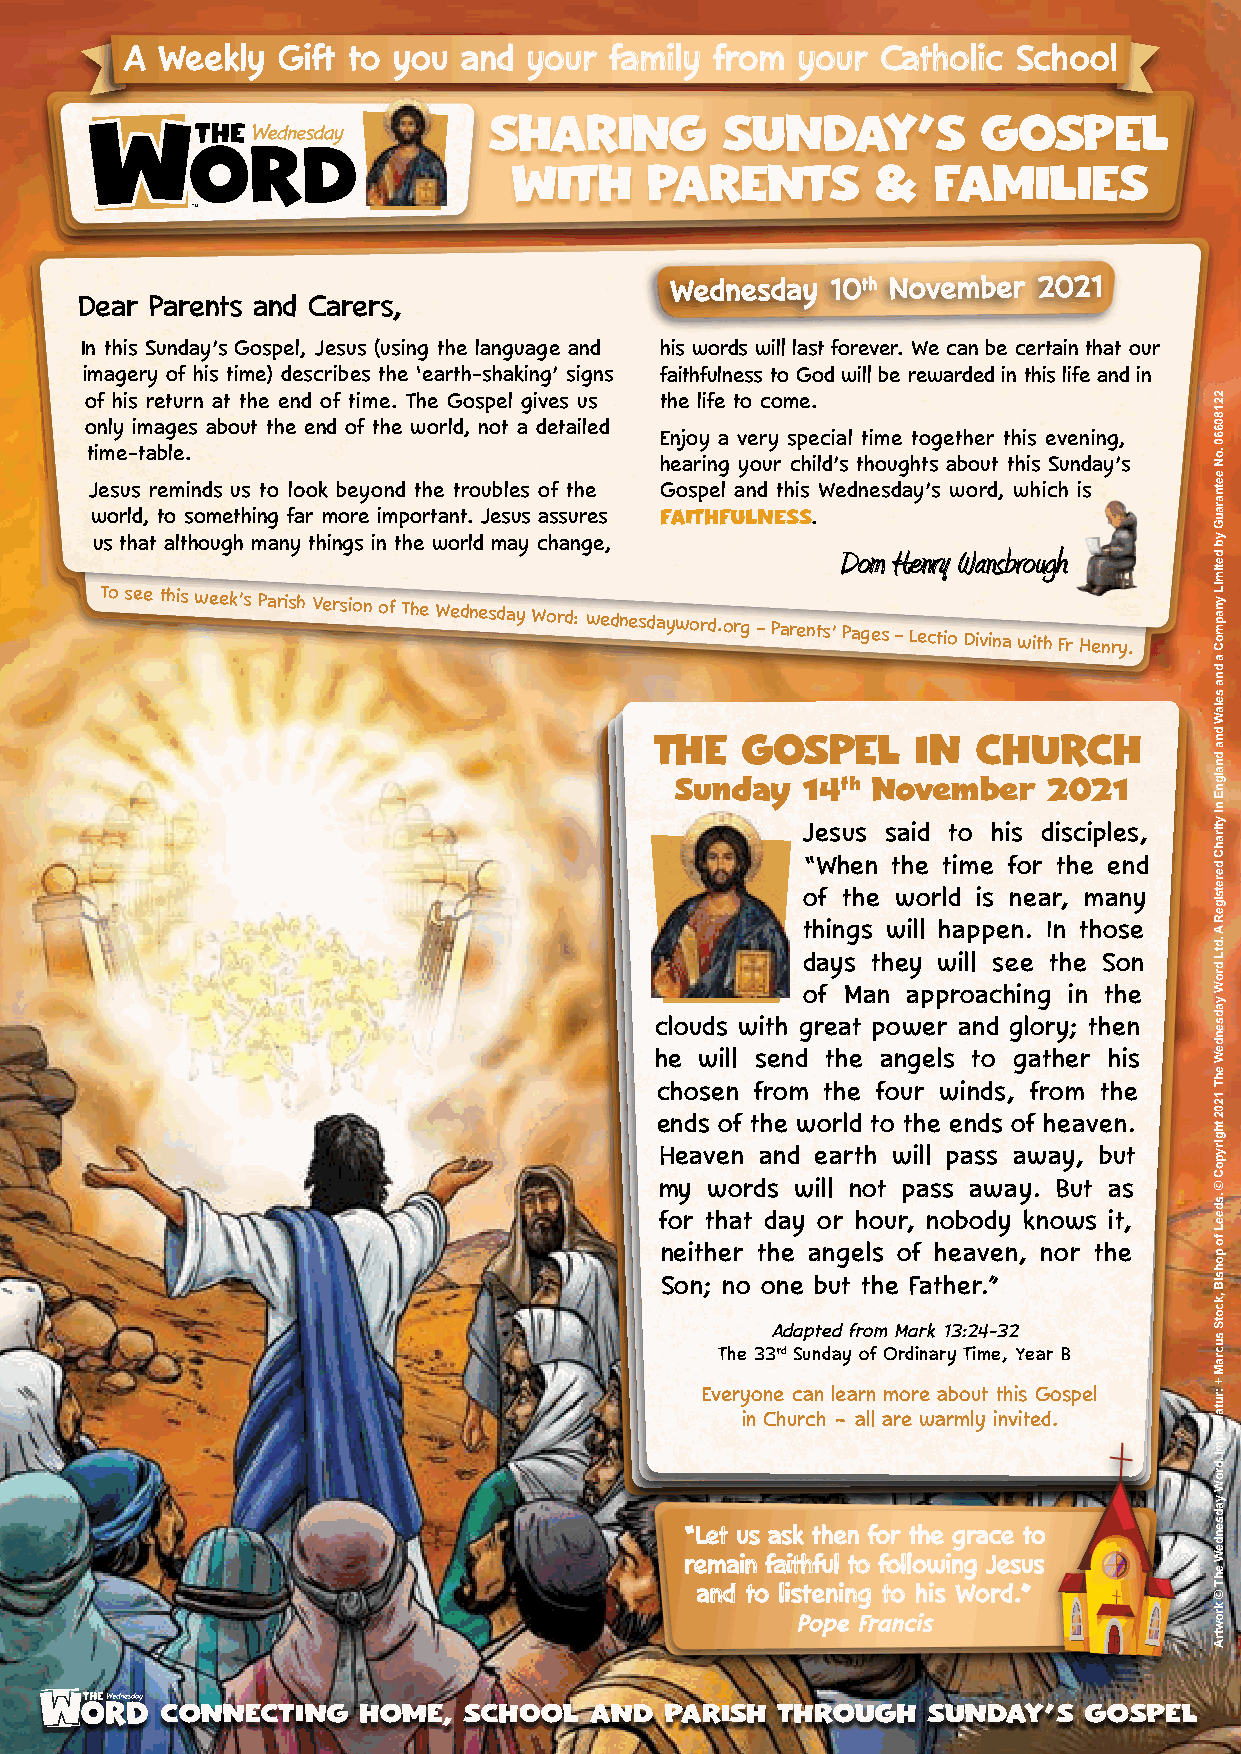
AA WWeeeekkllyy GGiifftt ttoo yyoouu aanndd yyoouurr ffaammiillyy ffrroomm yyoouurr CCaatthhoolliicc SScchhooooll
 SHARING         SUNDAY’S         GOSPEL
 WITH     PARENTS        &   FAMILIES
 WWeeddnneessddaayy 1100tthh NNoovveemmbbeerr 22002211
 Dear Parents and Carers,
 In this Sunday’s Gospel, Jesus (using the language and his words will last forever. We can be certain that our
 imagery of his time) describes the ‘earth-shaking’ signs faithfulness to God will be rewarded in this life and in
 of his return at the end of time. The Gospel gives us the life to come.
 only images about the end of the world, not a detailed
 Enjoy a very special time together this evening,
 time-table.
 hearing your child’s thoughts about this Sunday’s
 Jesus reminds us to look beyond the troubles of the Gospel and this Wednesday’s word, which is
 world, to something far more important. Jesus assures FAITHFULNESS.
 us that although many things in the world may change,
 DDoomm HHeennrryy WWaannssbbrroouugghh
 To see this week’s Parish Version of The Wednesday Word: wednesdayword.org
 – Parents’ Pages – Lectio Divina with Fr Henry.
 THE   GOSPEL      IN  CHURCH
 Sunday  14th November   2021
 Jesus said to his disciples,
 “When the time for the end
 of the world is near, many
 things will happen. In those
 days they will see the Son
 of Man approaching in the
 clouds with great power and glory; then
 he will send the angels to gather his
 chosen from the four winds, from the
 ends of the world to the ends of heaven.
 Heaven and earth will pass away, but
 my words will not pass away. But as
 for that day or hour, nobody knows it,
 neither the angels of heaven, nor the
 Son; no one but the Father.”
 Adapted from Mark 13:24-32
 The 33rd Sunday of Ordinary Time, Year B
 Everyone can learn more about this Gospel
 in Church ~ all are warmly invited.
 ““LLeett uuss aasskk tthheenn ffoorr tthhee ggrraaccee ttoo
 rreemmaaiinn ffaaiitthhffuull ttoo ffoolllloowwiinngg JJeessuuss
 aanndd ttoo lliisstteenniinngg ttoo hhiiss WWoorrdd..””
 PPooppee FFrraanncciiss
 CONNECTING   HOME,  SCHOOL  AND  PARISH THROUGH   SUNDAY’S   GOSPEL
 22180660
 .oN
 eetnarauG
 yb
 detimiL
 ynapmoC
 a
 dna
 selaW
 dna
 dnalgnE
 ni
 ytirahC
 deretsigeR
 A
 .dtL
 droW
 yadsendeW
 ehT
 1202
 thgirypoC
 ©
 .sdeeL
 fo
 pohsiB
 ,kcotS
 sucraM
 +
 :rutamirpmI
 .droW
 yadsendeW
 ehT
 ©
 krowtrA